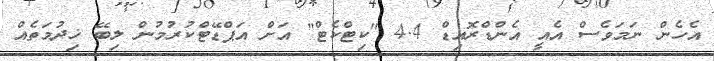
އެހެން ނަމަވެސް އެއީ އެންޑްރޮއިޑް 4.4 "ކިޓްކެޓް" އަށް އަޕްޑޭޓްކުރުމުން ލިބޭ ޚިދުމަތެއް